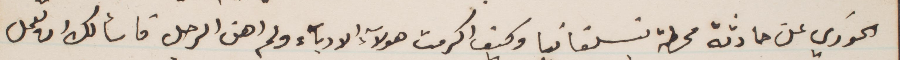
الخوري عن حادثة محطة بنسلفانيا وكيف اكرمت هؤلاء الادباء ولم اهن الرجل فاسألك ان تعمل